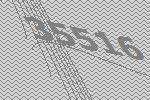
35516